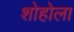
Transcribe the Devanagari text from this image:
शोहोला